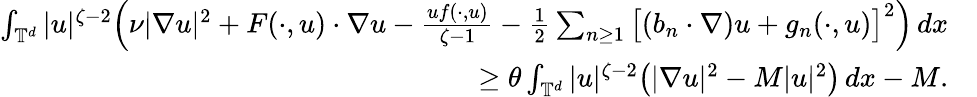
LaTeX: \begin{array}{rl}{\int_{{\mathbb T}^{d}}|u|^{\zeta-2}\Big(\nu|\nabla u|^{2}+F(\cdot,u)\cdot\nabla u-\frac{uf(\cdot,u)}{\zeta-1}-\frac 12\sum_{n\geq 1}\big[(b_{n}\cdot\nabla)u+g_{n}(\cdot,u)\big]^{2}\Big)\, dx}&{}\\ {\geq\theta\int_{{\mathbb T}^{d}}|u|^{\zeta-2}\big(|\nabla u|^{2}-M|u|^{2}\big)\, dx-M.}&{}\end{array}